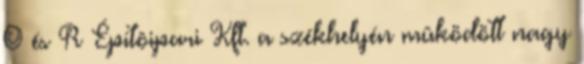
O és R Építôipari Kft. a székhelyén mûködött nagy